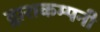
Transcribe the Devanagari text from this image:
द्वाराकम्‍पनी